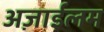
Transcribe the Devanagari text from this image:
अज़ाईलम